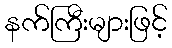
နက်ကြီးများဖြင့်